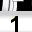
Digit: 1